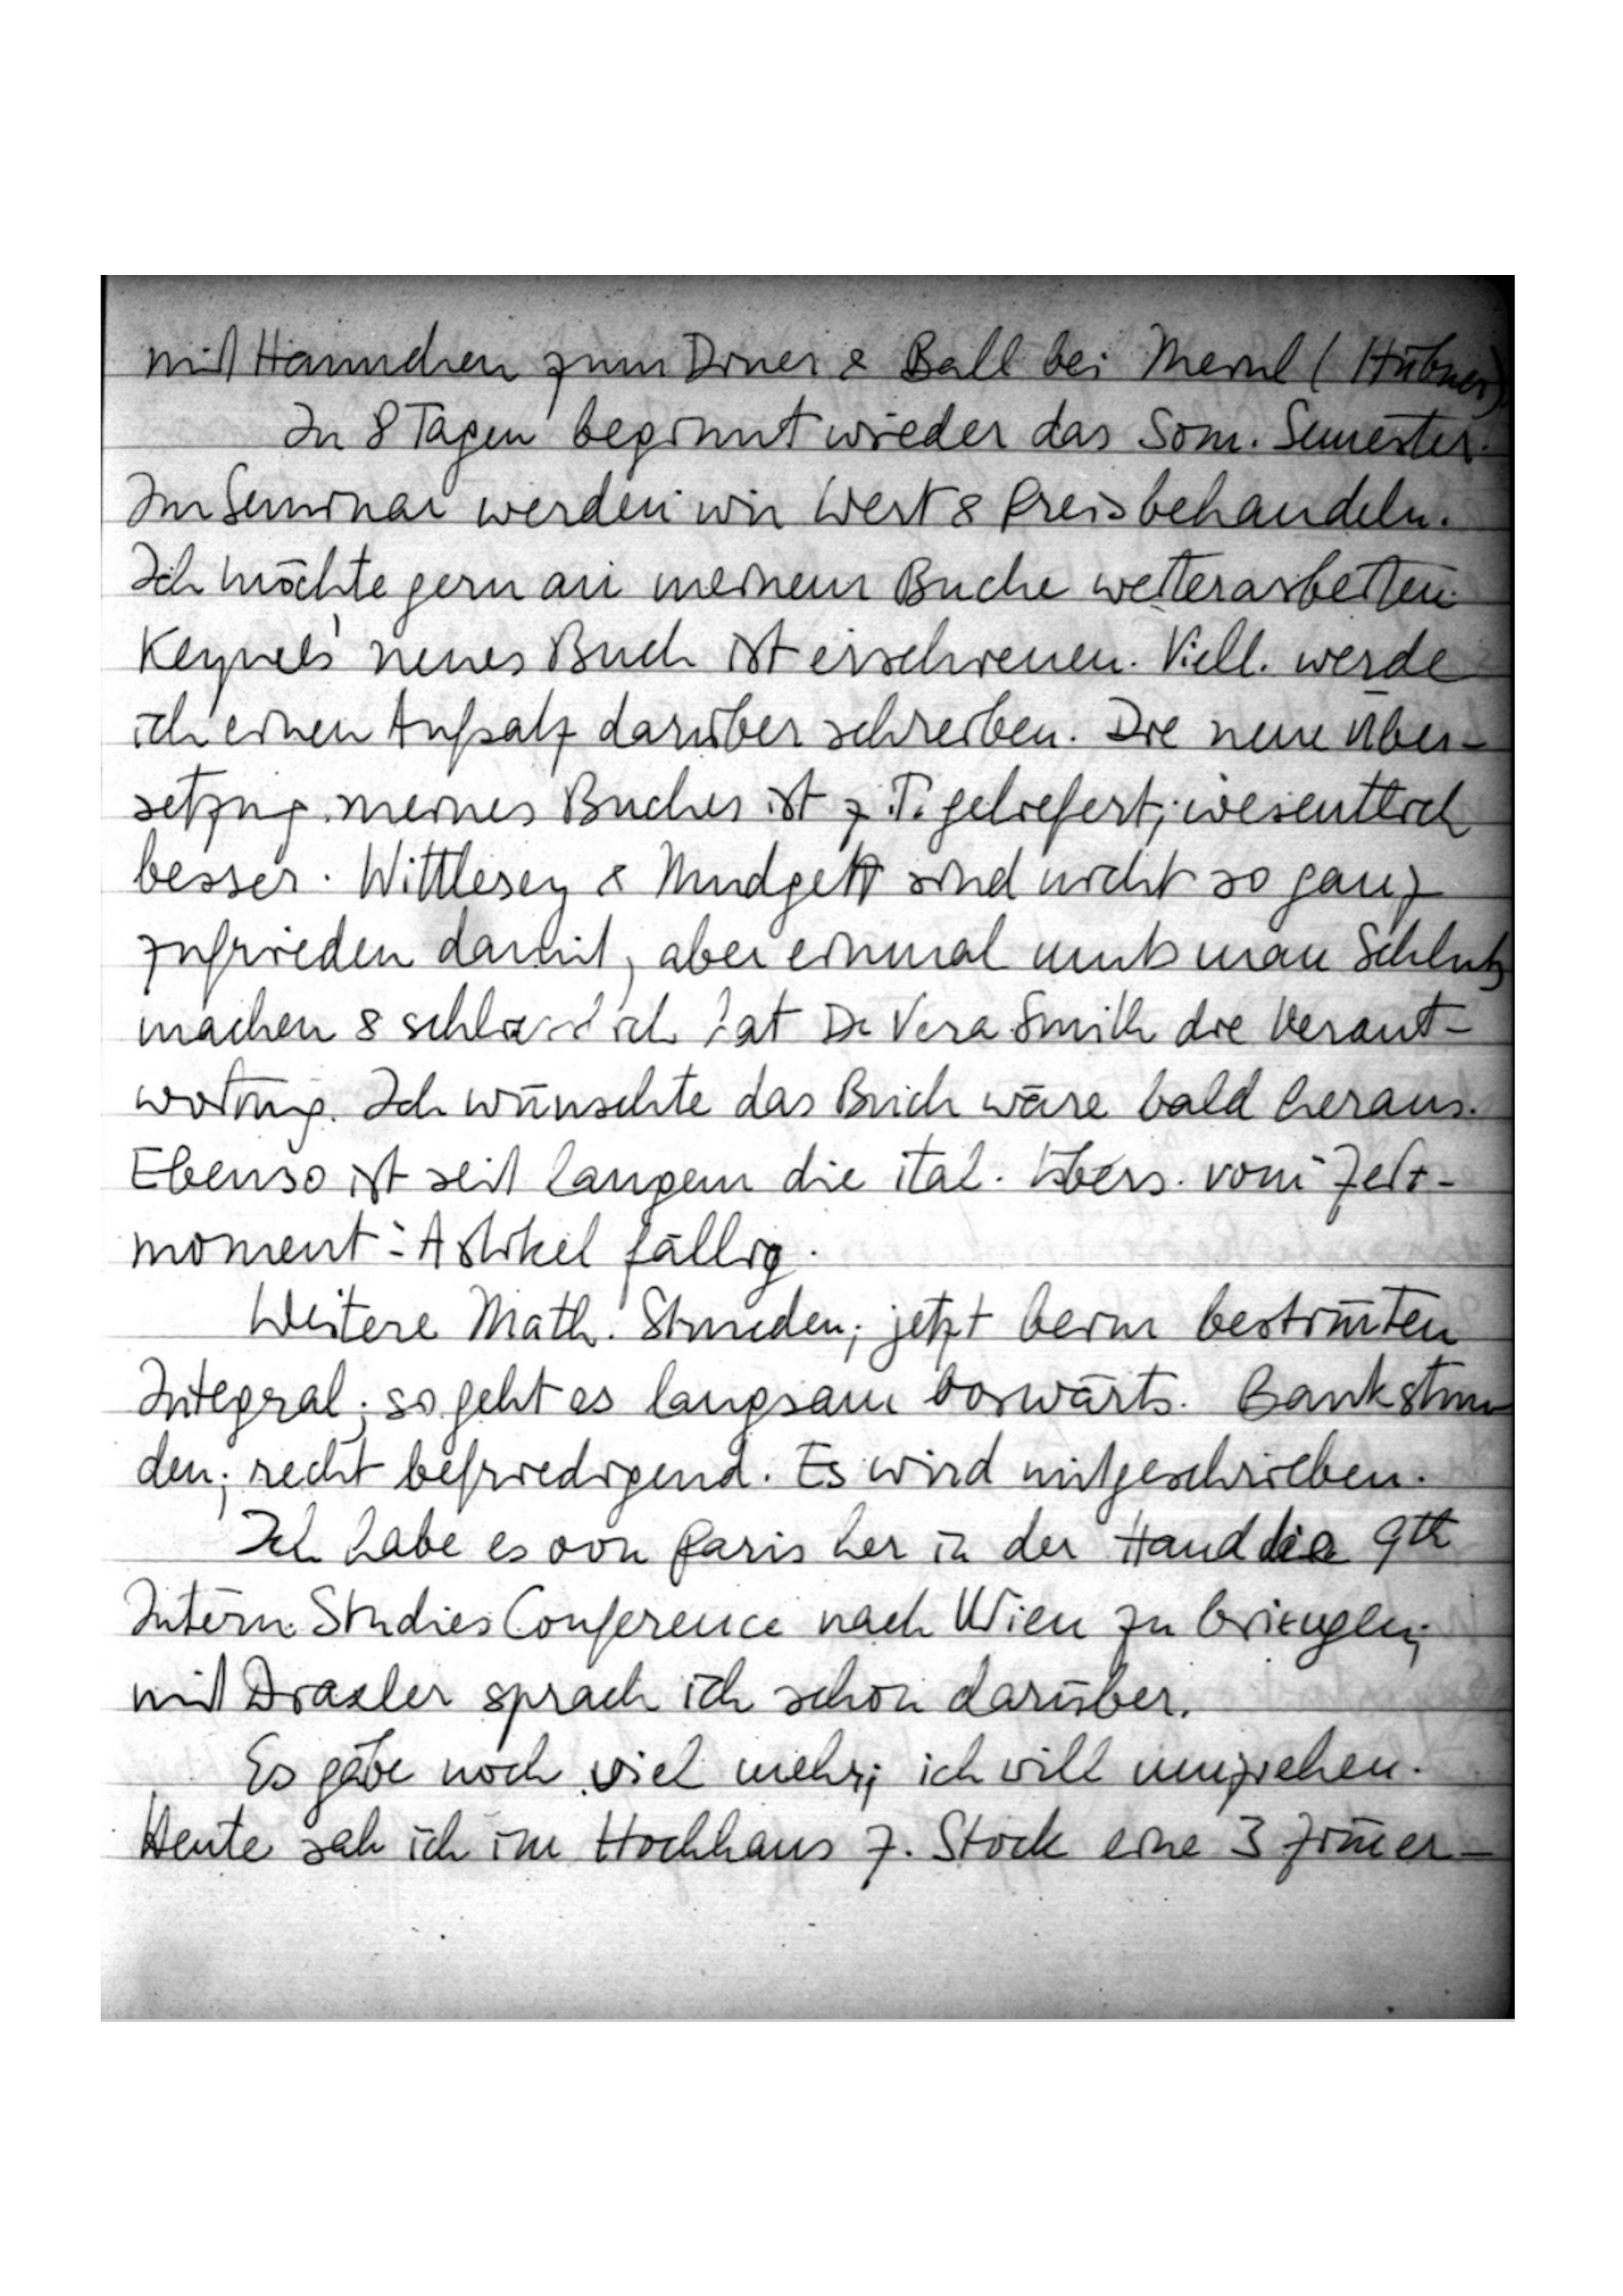
mit Hannchen zum Diner & Ball bei Meinl (Hübner).
In 8 Tagen beginnt wieder das Som. Semester.
Im Seminar werden wir Wert & Preis behandeln.
Ich möchte gern an meinem Buche weiterarbeiten.
Keynes‘ neues Buch ist erschienen. Viell. werde
ich einen Aufsatz darüber schreiben. Die neue Über-
setzung meines Buches ist z. T. geliefert; wesentlich
besser. Wittlesey & Mudgett sind nicht so ganz
zufrieden damit, aber einmal muß man Schluß
machen & schließlich hat Dr. Vera Smith die Verant-
wortung. Ich wünschte das Buch wäre bald heraus.
Ebenso ist seit langem die ital. Übers. vom „Zeit-
moment“-Artikel fällig.
Weitere Math. Stunden; jetzt beim bestimmten
Integral; so geht es langsam vorwärts. Bankstunden;
recht befriedigend. Es wird mitgeschrieben.
Ich habe es von Paris her in der Hand, die 9th
Intern. Studies Conference nach Wien zu bringen;
mit Draxler sprach ich schon darüber.
Es gäbe noch viel mehr; ich will umziehen.
Heute sah ich im Hochhaus 7. Stock eine 3-Zimmer-